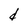
Character: d